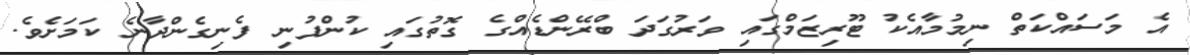
އެ މަސައްކަތް ނިމުމާއެކު ޓޫރިޒަމްގައި ވަރުގަދަ ބްރޭންޑެއްގެ ގޮތުގައި ކުންފުނި ފެނިގެންދާނެ ކަމަށެވެ.